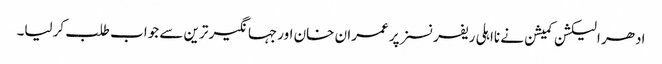
ادھر الیکشن کمیشن نے نااہلی ریفرنسز پر عمران خان اورجہانگیر ترین سے جواب طلب کرلیا۔